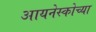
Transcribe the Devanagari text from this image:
आयनेस्कोच्या